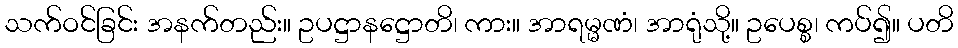
သက်ဝင်ခြင်း အနက်တည်း။ ဥပဋ္ဌာနဋ္ဌောတိ၊ ကား။ အာရမ္မဏံ၊ အာရုံသို့။ ဥပေစ္စ၊ ကပ်၍။ ပတိ